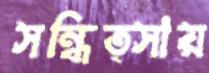
সন্ধিত্সায়